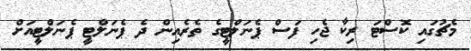
މެޗުގައި ކޮސްޓަ ރިކާ ޖެހި ފަސް ޕެނަލްޓީގެ ތެރެއިން ދެ ޕެނަލްޓީ ޕެނަލްޓީއަށް